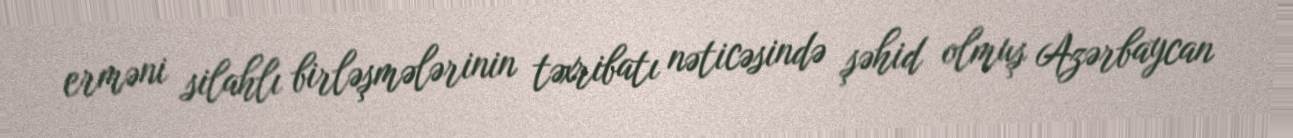
erməni silahlı birləşmələrinin təxribatı nəticəsində şəhid olmuş Azərbaycan